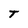
Character: T